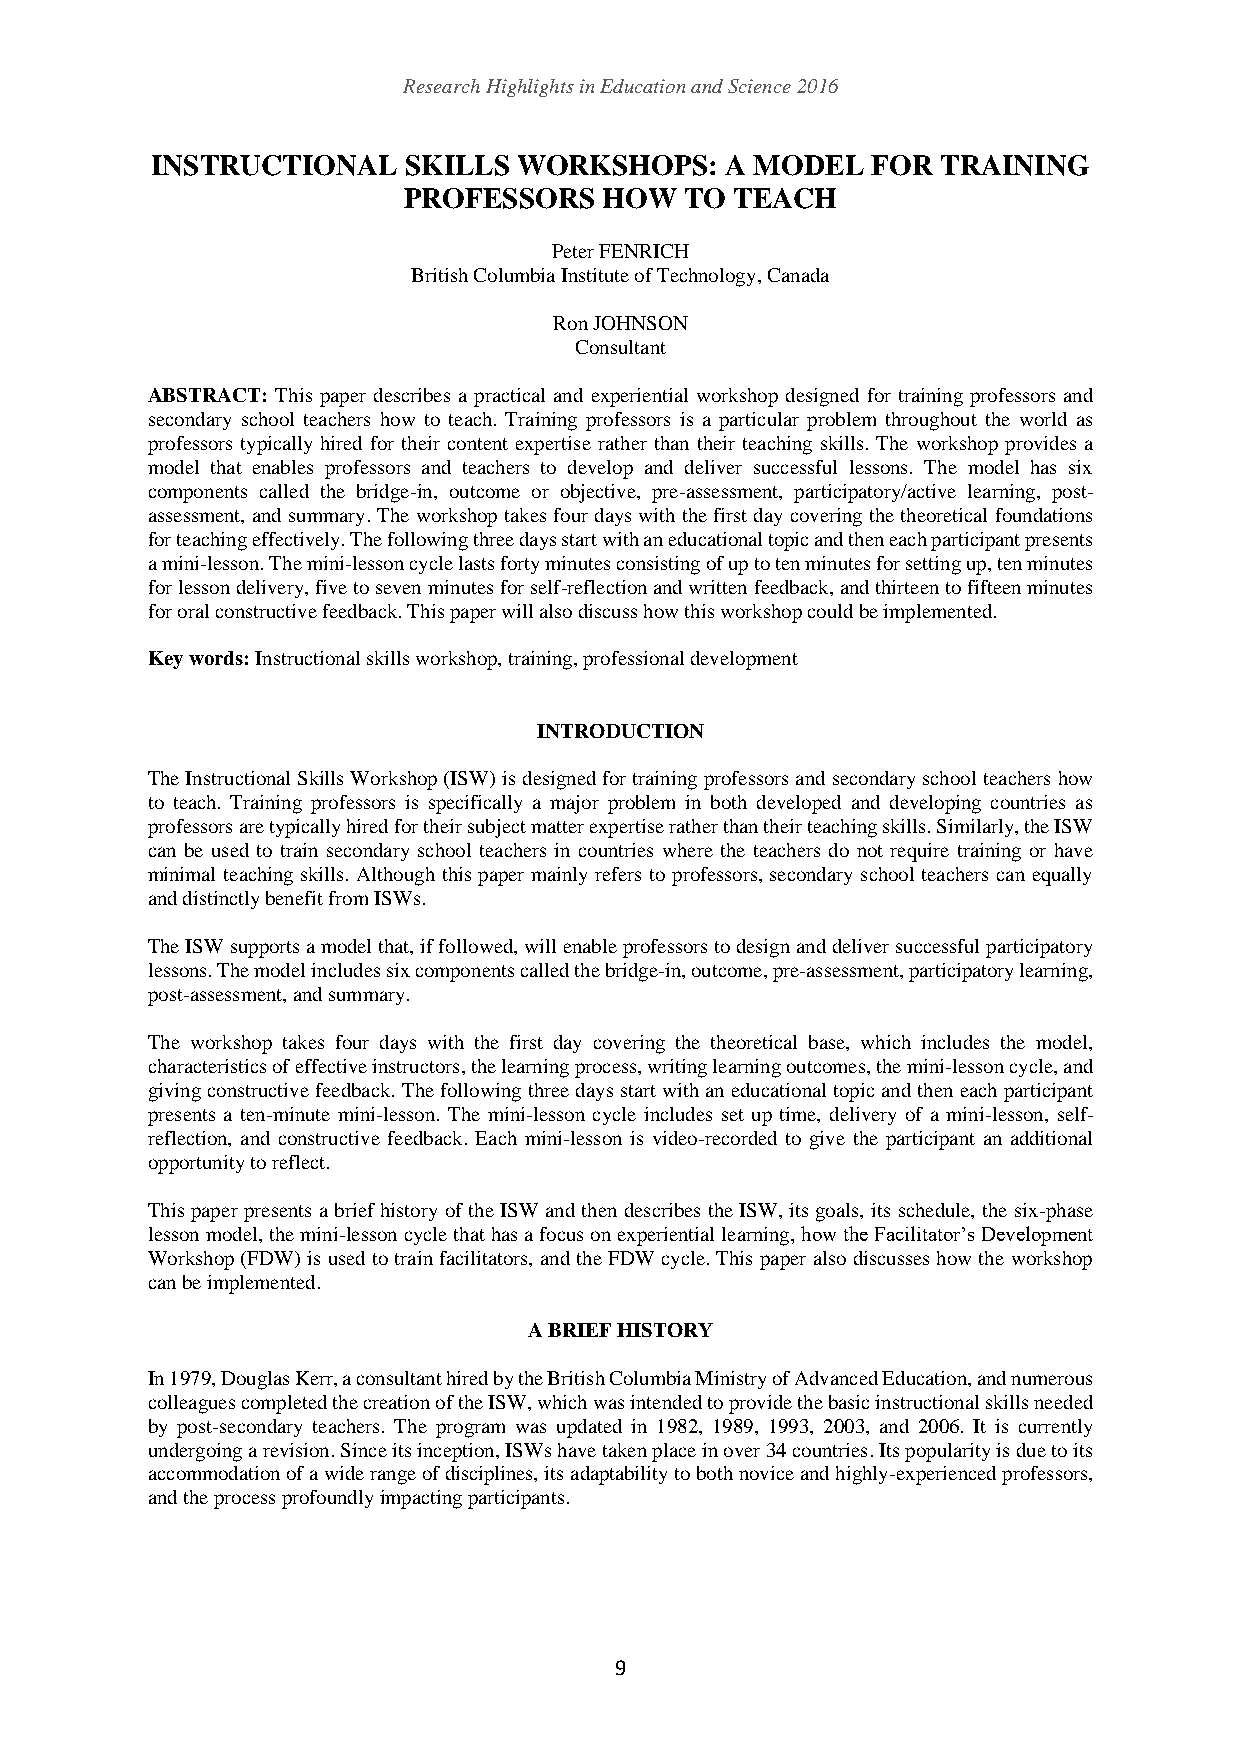
Research Highlights in Education and Science 2016
 INSTRUCTIONAL    SKILLS WORKSHOPS:    A MODEL   FOR TRAINING
 PROFESSORS   HOW  TO  TEACH
 Peter FENRICH
 British Columbia Institute of Technology, Canada
 Ron JOHNSON
 Consultant
 ABSTRACT: This paper describes a practical and experiential workshop designed for training professors and
 secondary school teachers how to teach. Training professors is a particular problem throughout the world as
 professors typically hired for their content expertise rather than their teaching skills. The workshop provides a
 model that enables professors and teachers to develop and deliver successful lessons. The model has six
 components called the bridge-in, outcome or objective, pre-assessment, participatory/active learning, post-
 assessment, and summary. The workshop takes four days with the first day covering the theoretical foundations
 for teaching effectively. The following three days start with an educational topic and then each participant presents
 a mini-lesson. The mini-lesson cycle lasts forty minutes consisting of up to ten minutes for setting up, ten minutes
 for lesson delivery, five to seven minutes for self-reflection and written feedback, and thirteen to fifteen minutes
 for oral constructive feedback. This paper will also discuss how this workshop could be implemented.
 Key words: Instructional skills workshop, training, professional development
 INTRODUCTION
 The Instructional Skills Workshop (ISW) is designed for training professors and secondary school teachers how
 to teach. Training professors is specifically a major problem in both developed and developing countries as
 professors are typically hired for their subject matter expertise rather than their teaching skills. Similarly, the ISW
 can be used to train secondary school teachers in countries where the teachers do not require training or have
 minimal teaching skills. Although this paper mainly refers to professors, secondary school teachers can equally
 and distinctly benefit from ISWs.
 The ISW supports a model that, if followed, will enable professors to design and deliver successful participatory
 lessons. The model includes six components called the bridge-in, outcome, pre-assessment, participatory learning,
 post-assessment, and summary.
 The workshop takes four days with the first day covering the theoretical base, which includes the model,
 characteristics of effective instructors, the learning process, writing learning outcomes, the mini-lesson cycle, and
 giving constructive feedback. The following three days start with an educational topic and then each participant
 presents a ten-minute mini-lesson. The mini-lesson cycle includes set up time, delivery of a mini-lesson, self-
 reflection, and constructive feedback. Each mini-lesson is video-recorded to give the participant an additional
 opportunity to reflect.
 This paper presents a brief history of the ISW and then describes the ISW, its goals, its schedule, the six-phase
 lesson model, the mini-lesson cycle that has a focus on experiential learning, how the Facilitator’s Development
 Workshop (FDW) is used to train facilitators, and the FDW cycle. This paper also discusses how the workshop
 can be implemented.
 A BRIEF HISTORY
 In 1979, Douglas Kerr, a consultant hired by the British Columbia Ministry of Advanced Education, and numerous
 colleagues completed the creation of the ISW, which was intended to provide the basic instructional skills needed
 by post-secondary teachers. The program was updated in 1982, 1989, 1993, 2003, and 2006. It is currently
 undergoing a revision. Since its inception, ISWs have taken place in over 34 countries. Its popularity is due to its
 accommodation of a wide range of disciplines, its adaptability to both novice and highly-experienced professors,
 and the process profoundly impacting participants.
 9